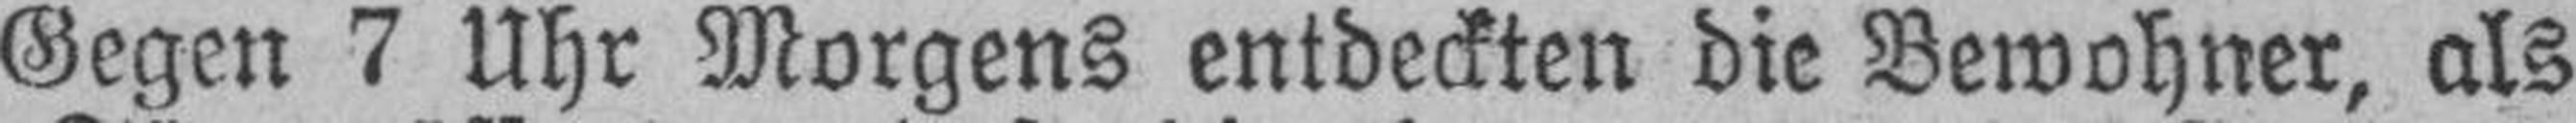
Gegen 7 Uhr Morgens entdeckten die Bewohner, als